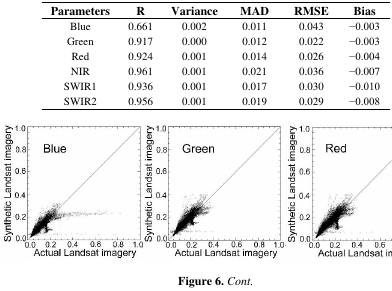
| Parameters | R | Variance | MAD | RMSE | Bias |
 | --- | --- | --- | --- | --- | --- |
 | Blue | 0.661 | 0.002 | 0.011 | 0.043 | −0.003 |
 | Green | 0.917 | 0.000 | 0.012 | 0.022 | −0.003 |
 | Red | 0.924 | 0.001 | 0.014 | 0.026 | −0.004 |
 | NIR | 0.961 | 0.001 | 0.021 | 0.036 | −0.007 |
 | SWIR1 | 0.936 | 0.001 | 0.017 | 0.030 | −0.010 |
 | SWIR2 | 0.956 | 0.001 | 0.019 | 0.029 | −0.008 |